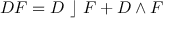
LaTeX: D F = D ~ \rfloor ~ F + D \wedge F